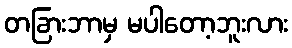
တခြားဘာမှ မပါတော့ဘူးလား